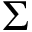
\Sigma